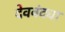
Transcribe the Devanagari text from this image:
देववंद्या